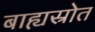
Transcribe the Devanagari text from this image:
बाह्यस्रोत